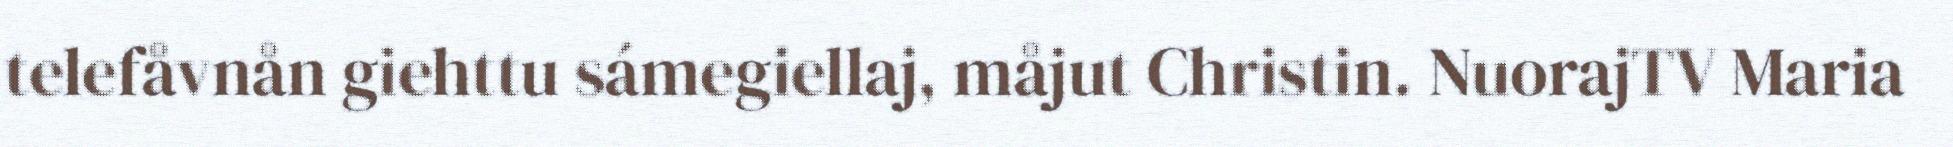
telefåvnån giehttu sámegiellaj, måjut Christin. NuorajTV Maria